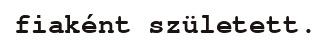
fiaként született.